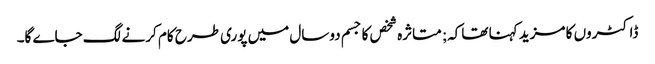
ڈاکٹروں کا مزید کہنا تھاکہ; متاثرہ شخص کا جسم دوسال میں پوری طرح کام کرنے لگ جاے گا۔